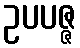
ဥပပဇ္ဇ